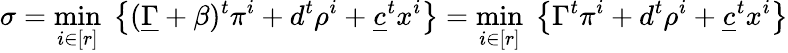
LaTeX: \sigma=\underset{i\in[r]}{\operatorname*{min}}\; \left\lbrace(\underline{{\Gamma}}+\beta)^{t}\pi^{i}+d^{t}\rho^{i}+\underline{{c}}^{t}x^{i}\right\rbrace=\underset{i\in[r]}{\operatorname*{min}}\; \left\lbrace\Gamma^{t}\pi^{i}+d^{t}\rho^{i}+\underline{{c}}^{t}x^{i}\right\rbrace